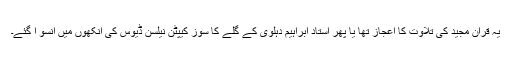
یہ قرآن مجید کی تلاوت کا اعجاز تھا یا پھر استاد ابراہیم دہلوی کے گلے کا سوز کیپٹن نیلسن ڈیوس کی آنکھوں میں آنسو آ گئے۔